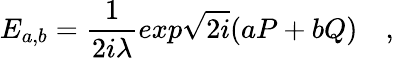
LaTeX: E_{a,b}={\frac{1}{2i\lambda}}exp\sqrt{2i}(aP+bQ)\quad,